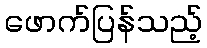
ဖောက်ပြန်သည့်